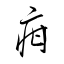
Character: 疳